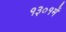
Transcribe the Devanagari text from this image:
१३०१में